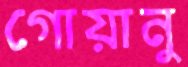
গোয়ানু